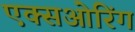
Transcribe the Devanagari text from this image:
एक्सओरिंग